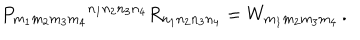
LaTeX: P _ { m _ { 1 } m _ { 2 } m _ { 3 } m _ { 4 } } { } ^ { n _ { 1 } n _ { 2 } n _ { 3 } n _ { 4 } } R _ { n _ { 1 } n _ { 2 } n _ { 3 } n _ { 4 } } = W _ { m _ { 1 } m _ { 2 } m _ { 3 } m _ { 4 } } \, .